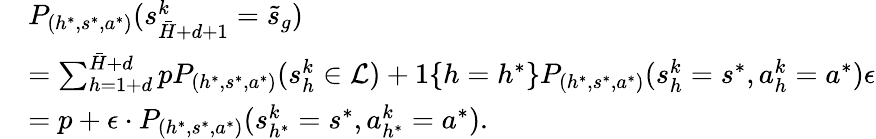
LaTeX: \begin{array}{rl}&{P_{(h^{*},s^{*},a^{*})}(s_{\bar{H}+d+1}^{k}=\tilde{s}_{g})}\\ &{=\sum_{h=1+d}^{\bar{H}+d}pP_{(h^{*},s^{*},a^{*})}(s_{h}^{k}\in\mathcal{L})+1\{ h=h^{*}\} P_{(h^{*},s^{*},a^{*})}(s_{h}^{k}=s^{*},a_{h}^{k}=a^{*})\epsilon}\\ &{=p+\epsilon\cdot P_{(h^{*},s^{*},a^{*})}(s_{h^{*}}^{k}=s^{*},a_{h^{*}}^{k}=a^{*}).}\end{array}